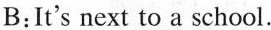
B:t's next to a school.